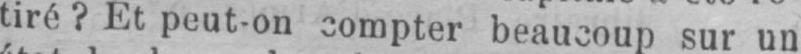
tiré? Et peut-on compter beaucoup sur un